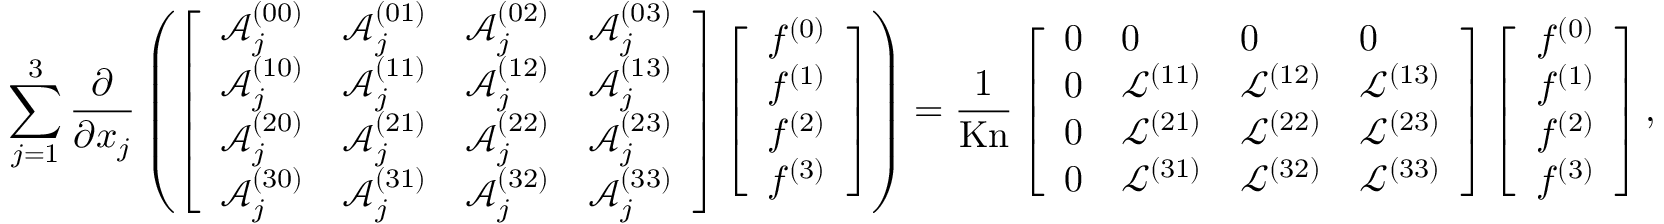
\sum _ { j = 1 } ^ { 3 } \frac { \partial } { \partial x _ { j } } \left( \left[ \begin{array} { l l l l } { \mathcal { A } _ { j } ^ { ( 0 0 ) } } & { \mathcal { A } _ { j } ^ { ( 0 1 ) } } & { \mathcal { A } _ { j } ^ { ( 0 2 ) } } & { \mathcal { A } _ { j } ^ { ( 0 3 ) } } \\ { \mathcal { A } _ { j } ^ { ( 1 0 ) } } & { \mathcal { A } _ { j } ^ { ( 1 1 ) } } & { \mathcal { A } _ { j } ^ { ( 1 2 ) } } & { \mathcal { A } _ { j } ^ { ( 1 3 ) } } \\ { \mathcal { A } _ { j } ^ { ( 2 0 ) } } & { \mathcal { A } _ { j } ^ { ( 2 1 ) } } & { \mathcal { A } _ { j } ^ { ( 2 2 ) } } & { \mathcal { A } _ { j } ^ { ( 2 3 ) } } \\ { \mathcal { A } _ { j } ^ { ( 3 0 ) } } & { \mathcal { A } _ { j } ^ { ( 3 1 ) } } & { \mathcal { A } _ { j } ^ { ( 3 2 ) } } & { \mathcal { A } _ { j } ^ { ( 3 3 ) } } \end{array} \right] \left[ \begin{array} { l } { f ^ { ( 0 ) } } \\ { f ^ { ( 1 ) } } \\ { f ^ { ( 2 ) } } \\ { f ^ { ( 3 ) } } \end{array} \right] \right) = \frac { 1 } { \mathrm { K n } } \left[ \begin{array} { l l l l } { 0 } & { 0 } & { 0 } & { 0 } \\ { 0 } & { \mathcal { L } ^ { ( 1 1 ) } } & { \mathcal { L } ^ { ( 1 2 ) } } & { \mathcal { L } ^ { ( 1 3 ) } } \\ { 0 } & { \mathcal { L } ^ { ( 2 1 ) } } & { \mathcal { L } ^ { ( 2 2 ) } } & { \mathcal { L } ^ { ( 2 3 ) } } \\ { 0 } & { \mathcal { L } ^ { ( 3 1 ) } } & { \mathcal { L } ^ { ( 3 2 ) } } & { \mathcal { L } ^ { ( 3 3 ) } } \end{array} \right] \left[ \begin{array} { l } { f ^ { ( 0 ) } } \\ { f ^ { ( 1 ) } } \\ { f ^ { ( 2 ) } } \\ { f ^ { ( 3 ) } } \end{array} \right] ,